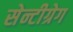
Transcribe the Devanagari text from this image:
सेन्टीग्रेग